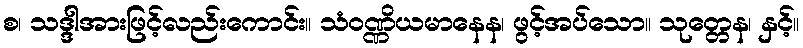
စ၊ သဒ္ဒါအားဖြင့်လည်းကောင်း။ သံဝဏ္ဏိယမာနေန၊ ဖွင့်အပ်သော။ သုတ္တေန၊ နှင့်။